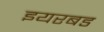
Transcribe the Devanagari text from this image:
इयरबड